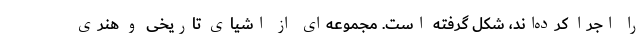
را اجرا کرده‌اند، شکل گرفته است. مجموعه‌ای از اشیای تاریخی و هنری